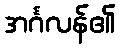
အင်္ဂလန်၏